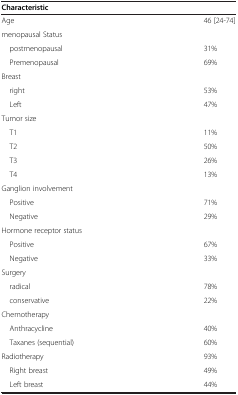
<table><thead><tr><td colspan="2"><b>Characteristic</b></td></tr></thead><tbody><tr><td>Age</td><td>46 [24-74]</td></tr><tr><td colspan="2">menopausal Status</td></tr><tr><td> postmenopausal</td><td>31%</td></tr><tr><td> Premenopausal</td><td>69%</td></tr><tr><td colspan="2">Breast</td></tr><tr><td> right</td><td>53%</td></tr><tr><td> Left</td><td>47%</td></tr><tr><td colspan="2">Tumor size</td></tr><tr><td> T1</td><td>11%</td></tr><tr><td> T2</td><td>50%</td></tr><tr><td> T3</td><td>26%</td></tr><tr><td> T4</td><td>13%</td></tr><tr><td colspan="2">Ganglion involvement</td></tr><tr><td> Positive</td><td>71%</td></tr><tr><td> Negative</td><td>29%</td></tr><tr><td colspan="2">Hormone receptor status</td></tr><tr><td> Positive</td><td>67%</td></tr><tr><td> Negative</td><td>33%</td></tr><tr><td colspan="2">Surgery</td></tr><tr><td> radical</td><td>78%</td></tr><tr><td> conservative</td><td>22%</td></tr><tr><td colspan="2">Chemotherapy</td></tr><tr><td> Anthracycline</td><td>40%</td></tr><tr><td> Taxanes (sequential)</td><td>60%</td></tr><tr><td>Radiotherapy</td><td>93%</td></tr><tr><td> Right breast</td><td>49%</td></tr><tr><td> Left breast</td><td>44%</td></tr></tbody></table>